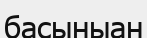
басыныан